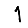
Digit: 1